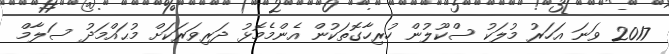
2017 ވަނަ އަހަރު މުލަކު ސްކޫލުން ހުރިހާގޮތަކުން އެންމެމޮޅު ދަރިވަރަކަށް މުޙައްމަދު ސަލާމް